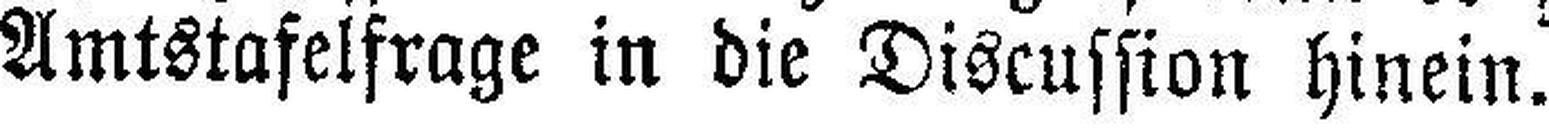
Amtstafelfrage in die Discussion hinein.